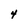
Character: 4